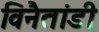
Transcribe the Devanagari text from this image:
विनैतांडी